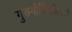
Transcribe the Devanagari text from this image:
गुरुगोविंदसिंगजी